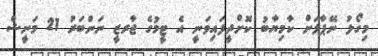
މިގޯލު ނޭޕާލަށް ކާމިޔާބު ކޮށްދީފައިވަނީ އެ ޓީމުގެ ޖާރޒީ ނަންބަރު 21 މަނީޝް